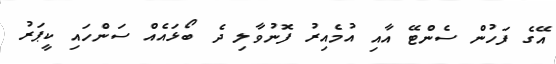
އޭގެ ފަހުން ސެންޓޭ އާއި އުމެއިރު ފޮނުވާލި ދެ ބޯޅައެއް ސަންހައި ކީޕަރު